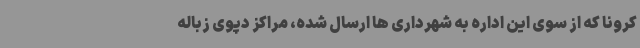
کرونا که از سوی این اداره به شهرداری ها ارسال شده، مراکز دپوی زباله